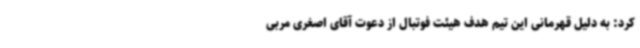
کرد: به دلیل قهرمانی این تیم هدف هیئت فوتبال از دعوت آقای اصغری مربی